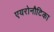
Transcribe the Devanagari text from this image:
एयरोनौटिका